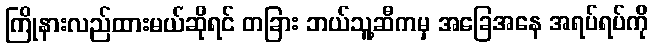
ကြိုနားလည်ထားမယ်ဆိုရင် တခြား ဘယ်သူ့ဆီကမှ အခြေအနေ အရပ်ရပ်ကို